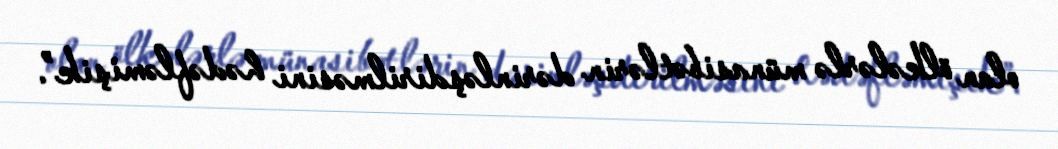
olan ölkələrlə münasibətlərin dərinləşdirilməsini hədəfləmişik”.